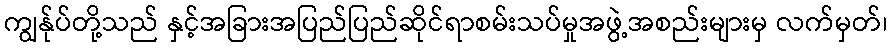
ကျွန်ုပ်တို့သည် နှင့်အခြားအပြည်ပြည်ဆိုင်ရာစမ်းသပ်မှုအဖွဲ့အစည်းများမှ လက်မှတ်၊